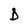
Character: D